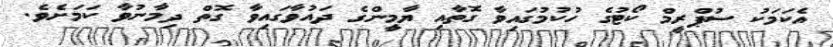
އެކަމަކު ސުޕްރީމް ކޯޓުގެ ހުކުމުގައިވާ ގޮތާއި ޔާމީންގެ ދައުވާގައިވާ ގޮތް ދިމާނުވާ ކަމަށެވެ.